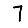
Digit: 7